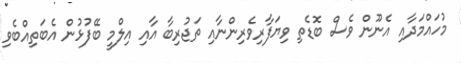
މުހައްމަދާއި އެނޫން ވެސް ބޮޑެތި ވިޔަފާރިވެރިންނާއި ތަޖުރިބާ އާއި އިލްމީ ބޭފުޅުން އެބަތިއްބެވި